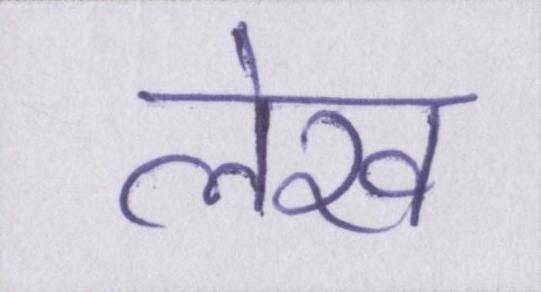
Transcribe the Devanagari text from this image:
लेख